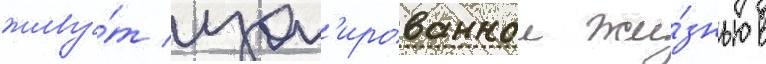
живу́т изол'ированнои жи́знью в